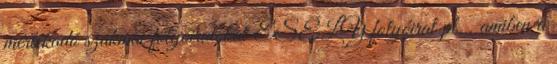
mértékadó szakmai folyóiratokat ESÉLY folyóirat pl. , amiben a